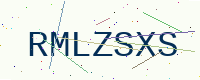
Text: RMLZSXS